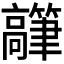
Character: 𬴟